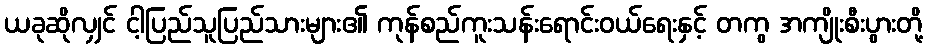
ယခုဆိုလျှင် ငါ့ပြည်သူပြည်သားများ၏ ကုန်စည်ကူးသန်းရောင်းဝယ်ရေးနှင့် တကွ အကျိုးစီးပွားတို့